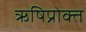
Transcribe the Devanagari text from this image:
ऋषिप्रोक्त